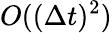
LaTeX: O((\Delta t)^{2})